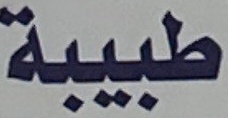
طبیبة